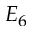
E _ { 6 }